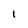
Character: 1